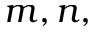
m , n ,